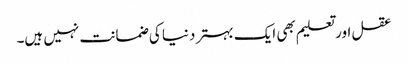
عقل اور تعلیم بھی ایک بہتر دنیا کی ضمانت نہیں ہیں۔